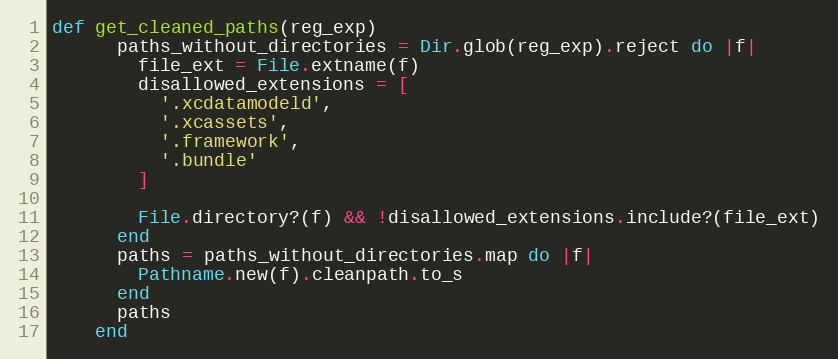
Language: Ruby
def get_cleaned_paths(reg_exp)
      paths_without_directories = Dir.glob(reg_exp).reject do |f|
        file_ext = File.extname(f)
        disallowed_extensions = [
          '.xcdatamodeld',
          '.xcassets',
          '.framework',
          '.bundle'
        ]

        File.directory?(f) && !disallowed_extensions.include?(file_ext)
      end
      paths = paths_without_directories.map do |f|
        Pathname.new(f).cleanpath.to_s
      end
      paths
    end